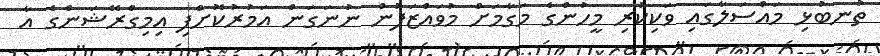
ތުނބުޅި މައްސަލާގައި ވަކިކުރި މީހުންގެ މަގާމަށް މުވައްޒަފުން ނުނަގަން އަމުރުކޮށްފި އިމިގްރޭޝަންގެ އާ